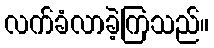
လက်ခံလာခဲ့ကြသည်။